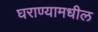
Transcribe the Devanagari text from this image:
घराण्यामधील